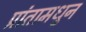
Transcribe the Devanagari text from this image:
प्रांतामधुन